Indian Medical Review
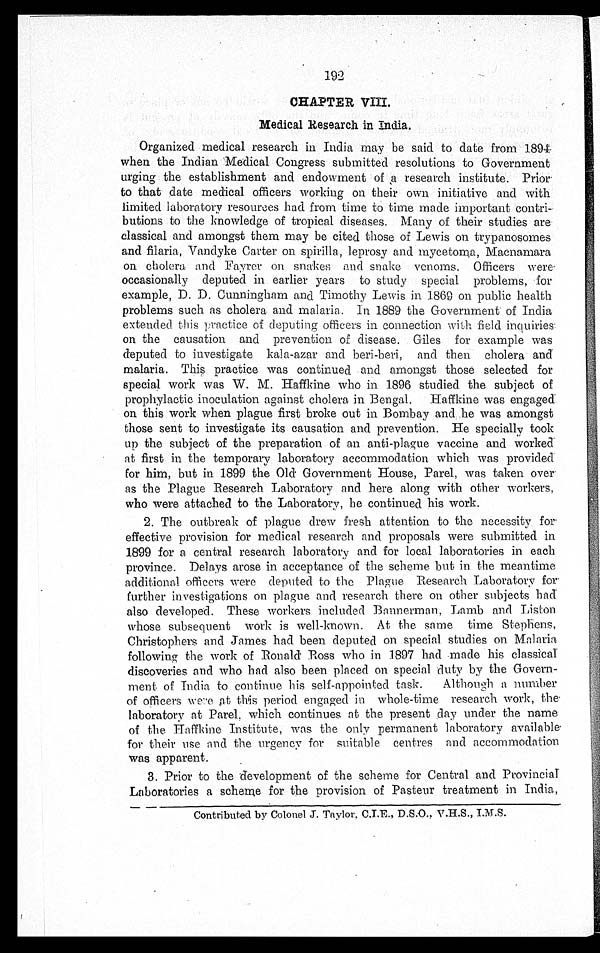
192
CHAPTER VIII.
Medical Research in India.
Organized medical research in India may be said to date from 1894
when the Indian Medical Congress submitted resolutions to Government
urging the establishment and endowment of a research institute. Prior
to that date medical officers working on their own initiative and with
limited laboratory resources had from time to time made important contri
¬ b u t i o n s t o t h e k n o w l e d g e o f t r o p i c a l d i s e a s e s . M a n y o f t h e i r s t u d i e s a r e
classical and amongst them may be cited those of Lewis on trypanosomes
and filaria, Vandyke Carter on spirilla, leprosy and mycetoma, Macnamara
on cholera and Fayrer on snakes and snake venoms. Officers were
occasionally deputed in earlier years to study special problems, for
example, D. D. Cunningham and Timothy Lewis in 1869 on public health
problems such as cholera and malaria. In 1889 the Government of India
extended this practice of deputing officers in connection with field inquiries
on the causation and prevention of disease. Giles for example was
deputed to investigate kala-azar and beri-beri, and then cholera and
malaria. This practice was continued and amongst those selected for
special work was W. M. Haffkine who in 1896 studied the subject of
prophylactic inoculation against cholera in Bengal. Haffkine was engaged
on this work when plague first broke out in Bombay and he was amongst
those sent to investigate its causation and prevention. He specially took
up the subject of the preparation of an anti-plague vaccine and worked
at first in the temporary laboratory accommodation which was provided
for him, but in 1899 the Old Government House, Parel, was taken over
as the Plague Research Laboratory and here along with other workers,
who were attached to the Laboratory, he continued his work.
2. The outbreak of plague drew fresh attention to the necessity for
effective provision for medical research and proposals were submitted in
1899 for a central research laboratory and for local laboratories in each
province. Delays arose in acceptance of the scheme but in the meantime
additional officers were deputed to the Plague Research Laboratory for
further investigations on plague and research there on other subjects had
also developed. These workers included Bannerman, Lamb and Liston
whose subsequent work is well-known. At the same time Stephens,
Christophers and James had been deputed on special studies on Malaria
following the work of Ronald Ross who in 1897 had made his classical
discoveries and who had also been placed on special duty by the Govern
¬ment of India to continue his self-appointed task. Although a number
of officers were at this period engaged in whole-time research work, the.
laboratory at Parel, which continues at the present day under the name
of the Haffkine Institute, was the only permanent laboratory available
for their use and the urgency for suitable centres and accommodation
was apparent.
3.
Prior to the development of the scheme for Central and Provincial
Laboratories a scheme for the provision of Pasteur treatment in India,
Contributed by Colonel J. Taylor, C.I.E., D.S.O., V.H.S., I.M.S.